Supplement to the account of plague administration in the Bombay Presidency from September 1896 till May 1897
Year: 1896
Disease focus: Plague
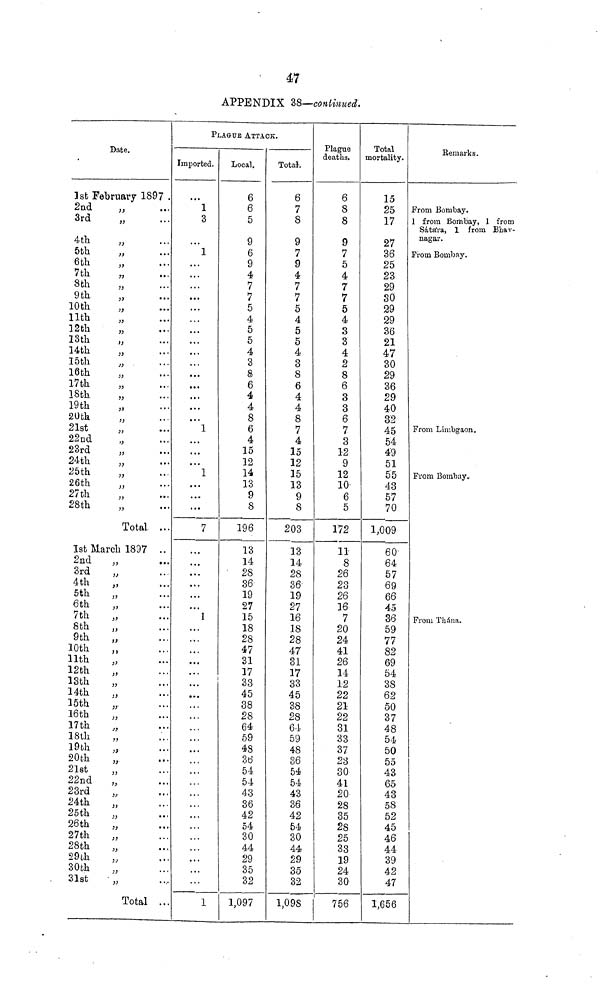
47
APPENDIX 38—continued.
Date.
1st February 1897 .
2nd
3rd
4th
5th
6th
7th
8th
9th
10th
11th
12th
13th
14th
I5th
16th
17th
18th
19th
20th
21st
22nd
23rd
24th
25th
26th
27th
28th
,,
,,
,,
,,
,,
,,
,,
,,
,,
,,
,,
,,
,,
,,
,,
,,
,,
,,
,,
,,
,,
,,
,,
,,
,,
,,
,,
Total
1st March 1897
2nd
3rd
4th
5th
6th
7th
8th
9th
10th
11th
12th
13th
14th
15th
16th
17th
18th
19th
20bh
21st
22nd
23rd
24th
25th
26th
27th
28th
29th
30bh
31st
,,
,,
,,
,,
,,
,,
,,
,,
,,
,,
,,
,,
,,
,,
,,
,,
,,
,,
,,
,,
,,
,,
,,
,,
,,
,,
,,
,,
,,
,,
Total
...
...
...
...
...
...
...
...
...
...
...
...
...
...
...
...
...
...
...
...
...
...
...
...
...
...
...
...
...
...
...
...
...
...
...
...
...
...
...
...
...
...
...
...
...
...
...
• • •
...
...
...
...
...
...
...
...
...
...
...
...
PLAGUE ATTACK.
Imported.
1
3
...
1
...
...
...
...
...
...
...
...
...
...
...
...
...
...
...
1
...
...
...
1
...
...
...
7
...
...
...
...
...
...
1
...
...
...
...
...
...
...
...
. . .
...
...
...
...
...
...
...
. . .
...
...
...
...
...
...
...
1
Local.
6
6
5
9
6
9
4
7
7
5
4
5
5
4
3
8
6
4
4
8
6
4
15
12
14
13
9
8
196
13
14
28
36
19
27
15
18
28
47
31
17
33
45
38
28
64
59
48
36
54
54
43
36
42
54
30
44
29
35
32
1,097
Total.
6
7
8
9
7
9
4
7
7
5
4
5
5
4
3
8
6
4
4
8
7
4
15
12
15
13
9
8
203
13
14
28
36
19
27
16
18
28
47
31
17
33
45
38
28
64
59
48
36
54
54
43
36
42
54
30
44
29
35
32
1,098
Plague
deaths.
6
8
8
9
7
5
4
7
7
5
4
3
3
4
2
8
6
3
3
6
7
3
12
9
12
10
6
5
172
11
8
26
23
26
16
7
20
24
41
26
14
12
22
21
22
31
33
37
23
30
41
20
28
35
28
25
33
19
24
30
756
Total
mortality.
15
25
17
27
36
25
23
29
30
29
29
36
21
47
30
29
36
29
40
32
45
54
49
51
55
43
57
70
1,009
60
64
57
69
66
45
36
59
77
82
69
54
38
62
50
37
48
54
50
55
43
65
43
58
52
45
46
44
39
42
47
1,656
Remarks.
From Bombay.
1 from Bombay, 1 from
Sátára, 1 from Bhav-
nagar.
From Bombay.
From Limbgaon.
From Bombay.
From Thána.